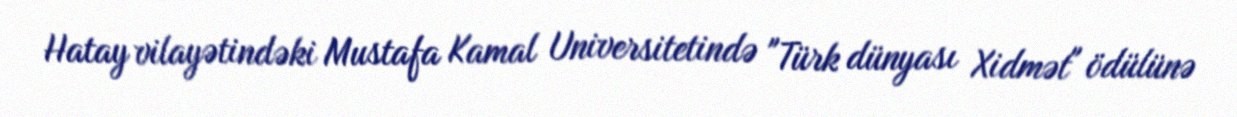
Hatay vilayətindəki Mustafa Kamal Universitetində "Türk dünyası Xidmət" ödülünə